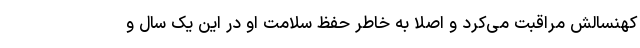
کهنسالش مراقبت می‌کرد و اصلا به خاطر حفظ سلامت او در این یک سال و